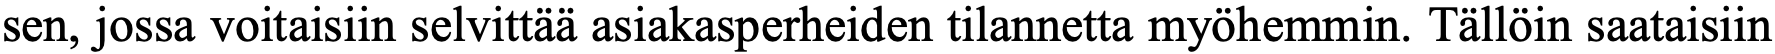
sen, jossa voitaisiin selvittää asiakasperheiden tilannetta myöhemmin. Tällöin saataisiin